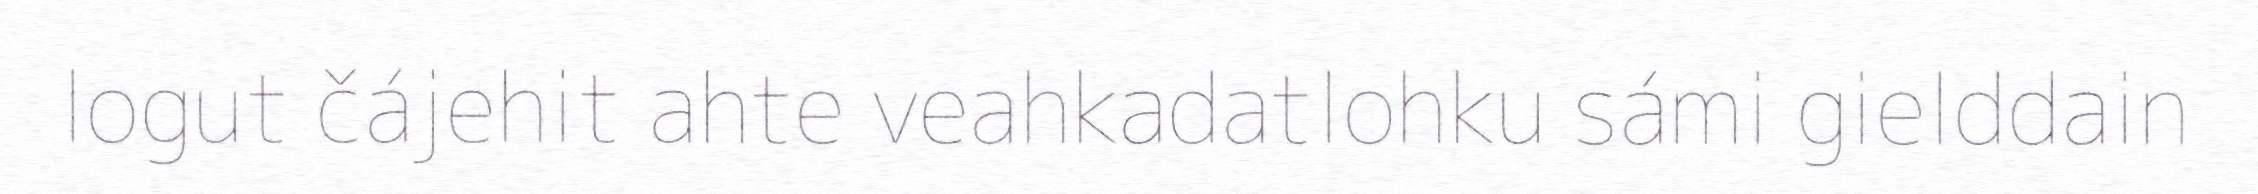
logut čájehit ahte veahkadatlohku sámi gielddain